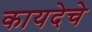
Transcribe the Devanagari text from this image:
कायदेचे